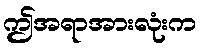
ဤအရာအားလုံးက